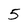
Character: 5